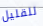
للقليل